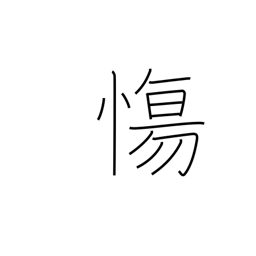
Meaning: be sad